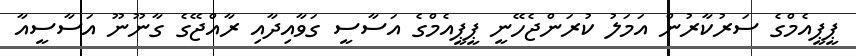
ޕީޕީއެމްގެ ސަރުކާރުން އަމަލު ކުރަންޖެހޭނީ ޕީޕީއެމްގެ އަސާސީ ގަވާއިދާއި ރާއްޖޭގެ ގާނޫނޫ އަސާސީއާ